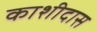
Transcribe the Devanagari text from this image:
काशीदास